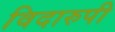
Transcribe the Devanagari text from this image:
विदारुपी